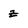
Character: z